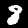
Digit: 8